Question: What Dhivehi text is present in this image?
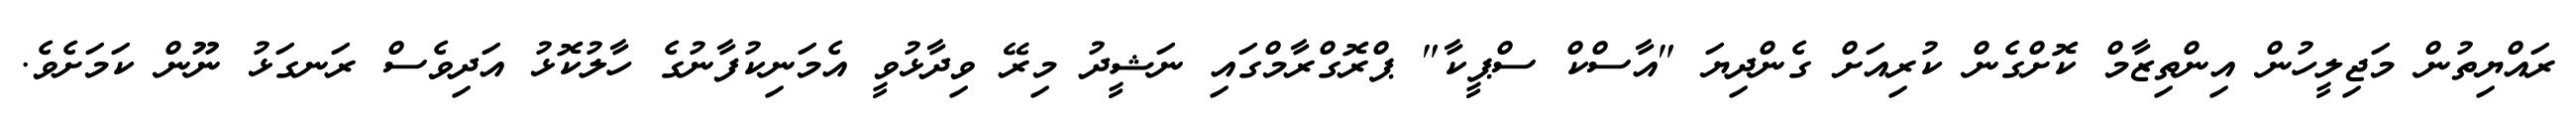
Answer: ރައްޔިތުން މަޖިލީހުން އިންތިޒާމް ކޮށްގެން ކުރިއަށް ގެންދިޔަ "އާސްކް ސްޕީކާ" ޕްރޮގްރާމްގައި ނަޝީދު މިރޭ ވިދާޅުވީ އެމަނިކުފާނުގެ ހާލުކޮޅު އަދިވެސް ރަނގަޅު ނޫން ކަމަށެވެ.